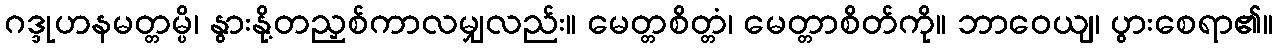
ဂဒ္ဒုဟနမတ္တမ္ပိ၊ နွားနို့တညှစ်ကာလမျှလည်း။ မေတ္တစိတ္တံ၊ မေတ္တာစိတ်ကို။ ဘာဝေယျ၊ ပွားစေရာ၏။